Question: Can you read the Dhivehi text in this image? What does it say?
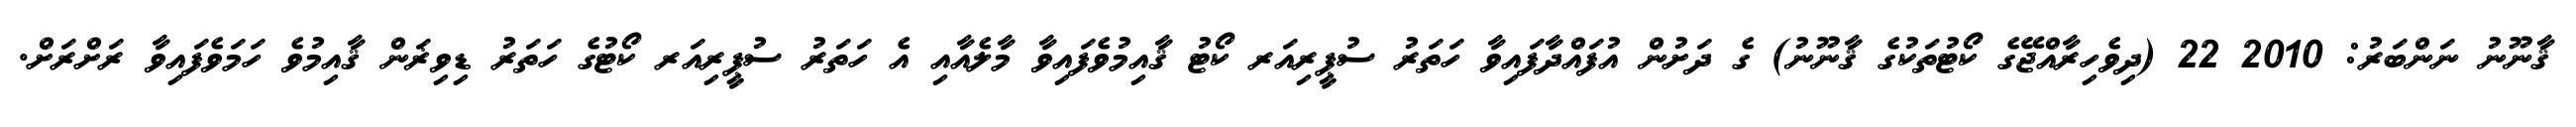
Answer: ޤާނޫނު ނަންބަރު: 2010 22 (ދިވެހިރާއްޖޭގެ ކޯޓުތަކުގެ ޤާނޫނު) ގެ ދަށުން އުފައްދާފައިވާ ހަތަރު ސުޕީރިއަރ ކޯޓު ޤާއިމުވެފައިވާ މާލެއާއި އެ ހަތަރު ސުޕީރިއަރ ކޯޓުގެ ހަތަރު ޑިވިޜަން ޤާއިމުވެ ހަމަވެފައިވާ ރަށްރަށް.